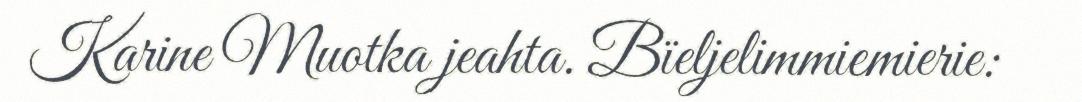
Karine Muotka jeahta. Bïeljelimmiemierie: